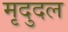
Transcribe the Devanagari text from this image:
मृदुदल